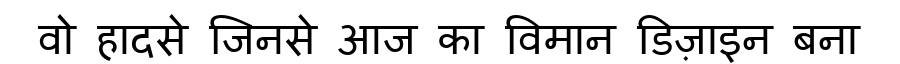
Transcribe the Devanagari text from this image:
वो हादसे जिनसे आज का विमान डिज़ाइन बना